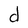
Character: d